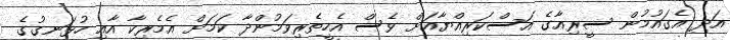
އަދި އެގައުމުން ސީރިއާގެ އަސްކަރިއްޔާއަށް ވެސް އެހީތެރިވަމުންދާ ކަމަށް އެމެރިކާ އާއި ހުޅަނގުގެ